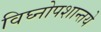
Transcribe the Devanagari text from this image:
विघ्नोपशान्तये